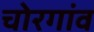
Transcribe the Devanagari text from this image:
चोरगांव